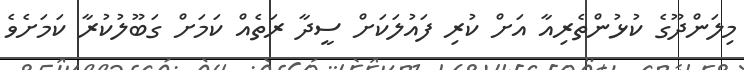
މިލަންދޫގެ ކުޅުންތެރިއާ އަށް ކުރި ފައުލަކަށް ސީދާ ރަތެއް ކަމަށް ގަބޫލުކުރާ ކަމަށެވެ